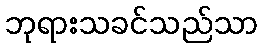
ဘုရားသခင်သည်သာ